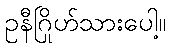
ဥနီဂြိုဟ်သားပေါ့။